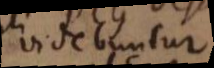
videbuntur